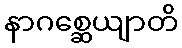
နာဂစ္ဆေယျာတိ